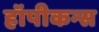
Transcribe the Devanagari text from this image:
हॉपीकन्स